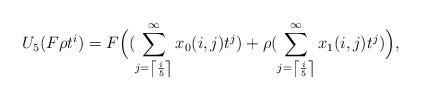
LaTeX: \begin{align*}U_5(F\rho t^i)=F\Big((\sum_{j=\left\lceil \frac{i}{5}\right\rceil}^\infty x_0(i,j)t^j)+\rho(\sum_{j=\left\lceil \frac{i}{5}\right\rceil}^\infty x_1(i,j)t^j) \Big),\end{align*}